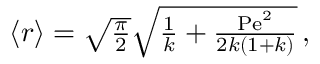
\begin{array} { r } { \left\langle r \right\rangle = \sqrt { \frac { \pi } { 2 } } \sqrt { \frac { 1 } { k } + \frac { \mathrm { P e } ^ { 2 } } { 2 k ( 1 + k ) } } \, , } \end{array}